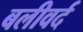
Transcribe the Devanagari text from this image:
बलीवर्द